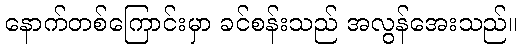
နောက်တစ်ကြောင်းမှာ ခင်စန်းသည် အလွန်အေးသည်။